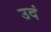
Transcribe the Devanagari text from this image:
उदं